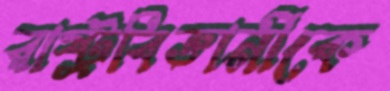
রাষ্ট্রবিজ্ঞানীকে